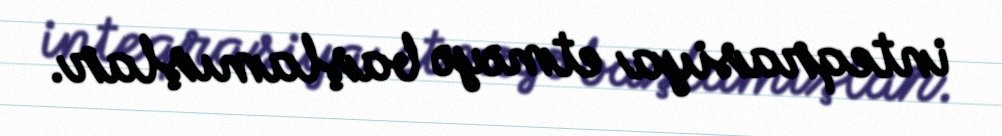
inteqrasiya etməyə başlamışlar.